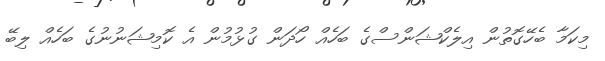
މިކަމާ ބެހޭގޮތުން އިލެކްޝަންސްގެ ބަހެއް ހޯދަން ގުޅުމުން އެ ކޮމިޝަނުނުގެ ބަހެއް ލިބޭ